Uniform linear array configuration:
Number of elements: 24
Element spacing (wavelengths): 0.25
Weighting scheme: uniform
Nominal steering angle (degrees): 60
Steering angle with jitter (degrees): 58.141
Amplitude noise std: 0.05
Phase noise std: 0.05

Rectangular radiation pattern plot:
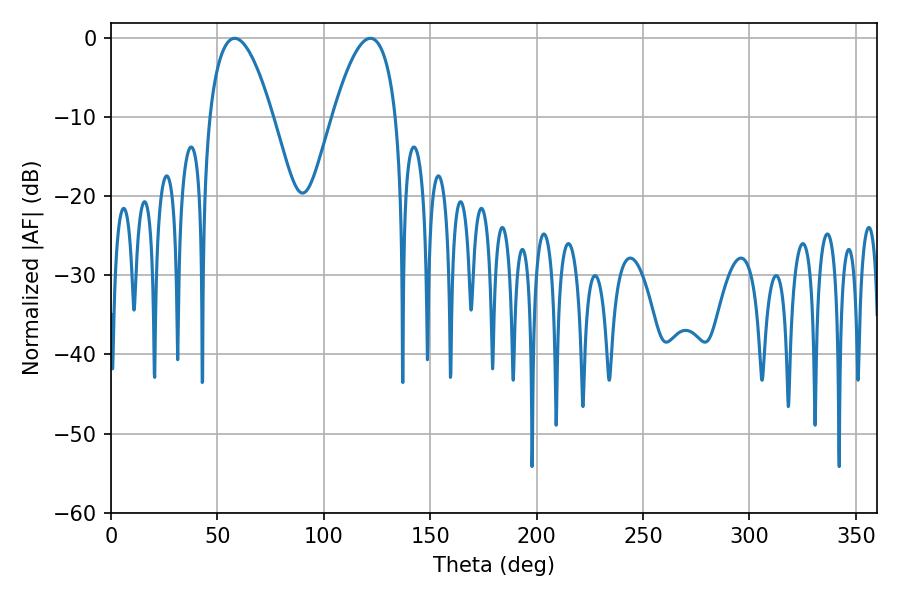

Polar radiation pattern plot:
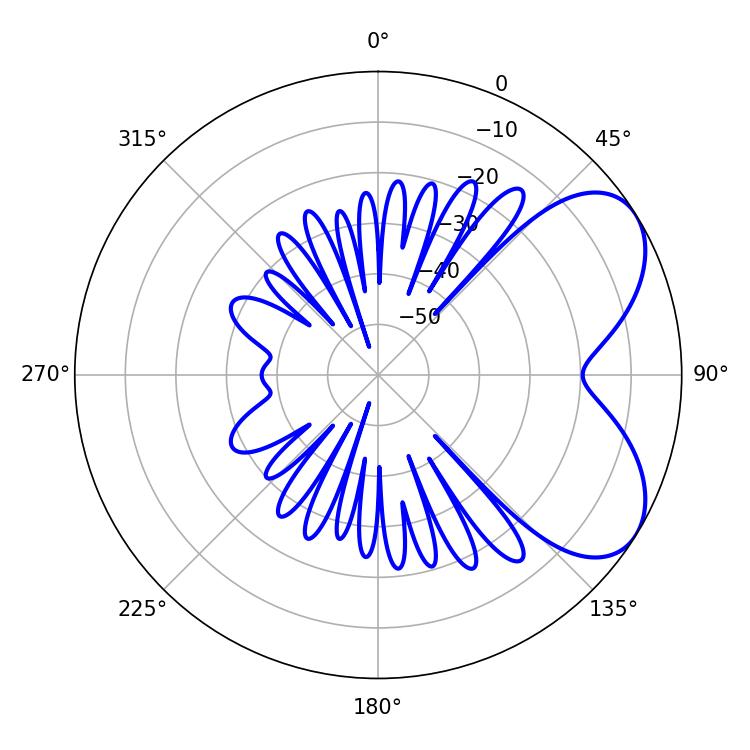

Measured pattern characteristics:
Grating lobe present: FALSE
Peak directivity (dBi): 5.723
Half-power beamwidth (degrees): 16.38
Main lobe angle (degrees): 58.14